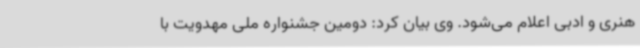
هنری و ادبی اعلام می‌شود. وی بیان کرد: دومین جشنواره ملی مهدویت با